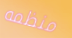
منظمه